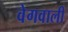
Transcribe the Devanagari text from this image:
वेगवाली